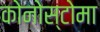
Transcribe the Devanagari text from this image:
कोनोस्टोमा